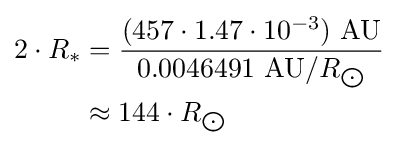
{\begin{aligned}2\cdot R_{*}&={\frac {(457\cdot 1.47\cdot 10^{-3})\ {\text{AU}}}{0.0046491\ {\text{AU}}/R_{\bigodot }}}\\&\approx 144\cdot R_{\bigodot }\end{aligned}}